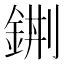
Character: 𨦿